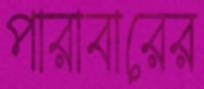
পারাবারের